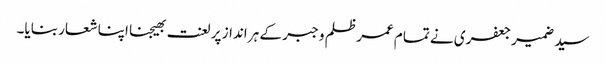
سید ضمیر جعفری نے تمام عمر ظلم و جبر کے ہر انداز پر لعنت بھیجنا اپنا شعار بنایا۔